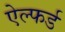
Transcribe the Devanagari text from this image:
ऐल्फर्ड